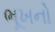
ભૂખનો